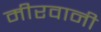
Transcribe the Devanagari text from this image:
मीरवानी